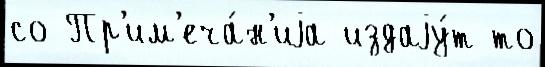
со Пр'им'еча́н'иjа издаjу́т то